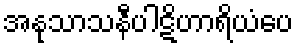
အနုသာသနီပါဋိဟာရိယံပေ